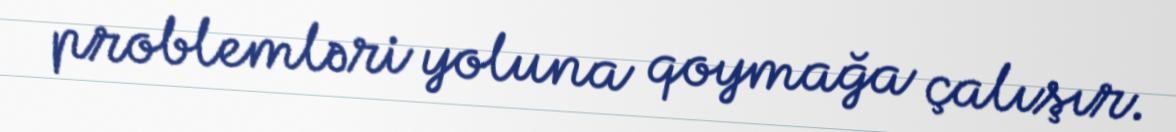
problemləri yoluna qoymağa çalışır.